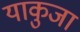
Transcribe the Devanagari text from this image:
याकुजा